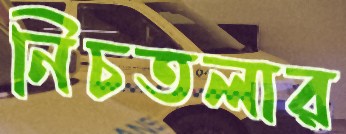
নিচতলার